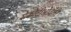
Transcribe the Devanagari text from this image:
शेकोटीभोवती